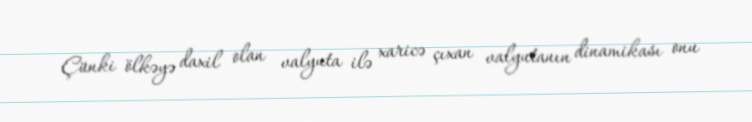
Çünki ölkəyə daxil olan valyuta ilə xaricə çıxan valyutanın dinamikası onu